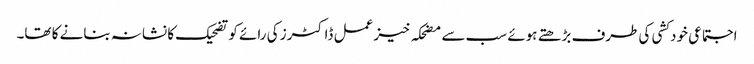
اجتماعی خودکشی کی طرف بڑھتے ہوئے سب سے مضحکہ خیز عمل ڈاکٹرز کی رائے کو تضحیک کا نشانہ بنانے کا تھا۔